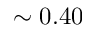
\sim 0 . 4 0